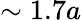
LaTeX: \sim 1.7a